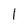
Character: l